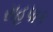
સહપાક